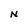
Character: N